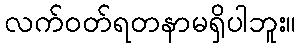
လက်ဝတ်ရတနာမရှိပါဘူး။